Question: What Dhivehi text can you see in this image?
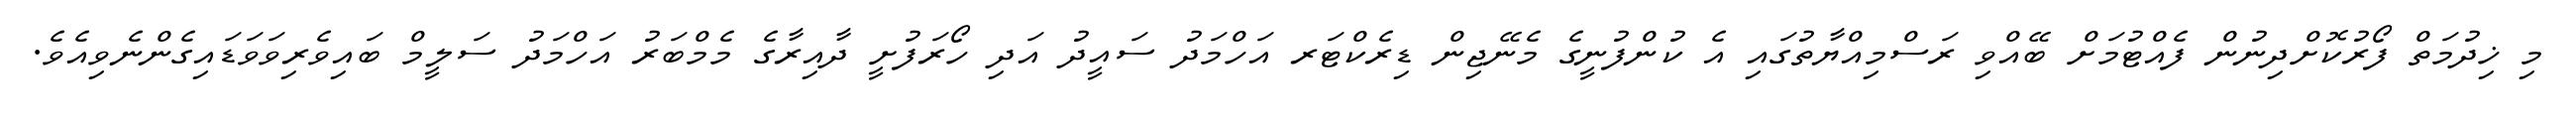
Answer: މި ޚިދުމަތް ފޯރުކޮށްދިނުން ފެއްޓުމަށް ބޭއްވި ރަސްމިއްޔާތުގައި އެ ކުންފުނީގެ މެނޭޖިން ޑިރެކްޓަރ އަހްމަދު ސައީދު އަދި ހޯރަފުށީ ދާއިރާގެ މެމްބަރު އަހްމަދު ސަލީމް ބައިވެރިވަވަޑައިގެންނެވިއެވެ.